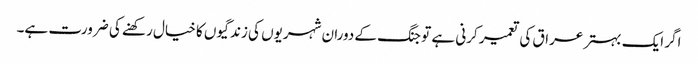
اگر ایک بہتر عراق کی تعمیر کرنی ہے تو جنگ کے دوران شہریوں کی زندگیوں کا خیال رکھنے کی ضرورت ہے۔